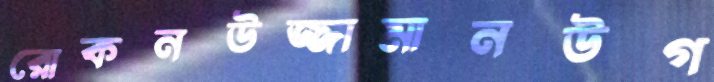
রোকনউজ্জামানউগ